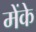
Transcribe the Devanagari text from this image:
मेंके